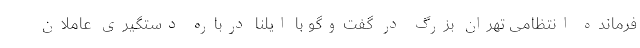
فرمانده انتظامی تهران بزرگ در گفت‌وگو با ایلنا درباره دستگیری عاملان